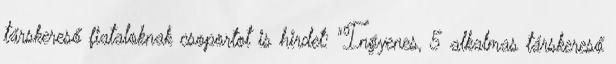
társkereső fiataloknak csoportot is hirdet: "Ingyenes, 5 alkalmas társkereső